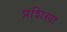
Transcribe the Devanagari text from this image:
प्रशिखा